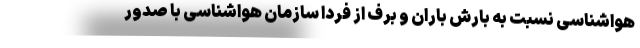
هواشناسی نسبت به بارش باران و برف از فردا سازمان هواشناسی با صدور